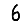
Digit: 6